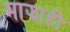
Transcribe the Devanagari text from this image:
माझाही